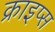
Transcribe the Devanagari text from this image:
क्राइप्स